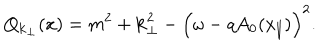
Q _ { { \bf k } _ { \perp } } ( x ) = m ^ { 2 } + { \bf k } _ { \perp } ^ { 2 } - \Bigl ( \omega - q A _ { 0 } ( x _ { \parallel } ) \Bigr ) ^ { 2 } .